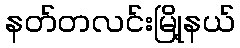
နတ်တလင်းမြို့နယ်